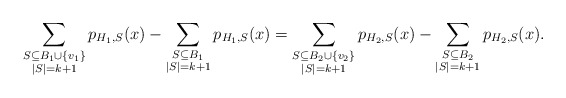
\begin{align*}\sum_{\substack{S\subseteq B_1\cup\{v_1\}\\|S|=k+1}}p_{H_1,S}(x)-\sum_{\substack{S\subseteq B_1\\ |S|=k+1}}p_{H_1,S}(x)=\sum_{\substack{S\subseteq B_2\cup\{v_2\}\\ |S|=k+1}}p_{H_2,S}(x)-\sum_{\substack{S\subseteq B_2\\ |S|=k+1}}p_{H_2,S}(x).\end{align*}